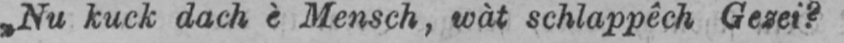
„Nu kuck dach è Mensch, wàt schlappêch Gezei?